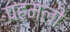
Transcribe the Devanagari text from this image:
पहमली